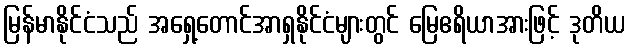
မြန်မာနိုင်ငံသည် အရှေ့တောင်အာရှနိုင်ငံများတွင် မြေဧရိယာအားဖြင့် ဒုတိယ